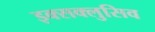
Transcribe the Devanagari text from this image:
इक्सक्लुसिव